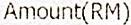
AMOUNT(RM)